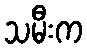
သမီးက